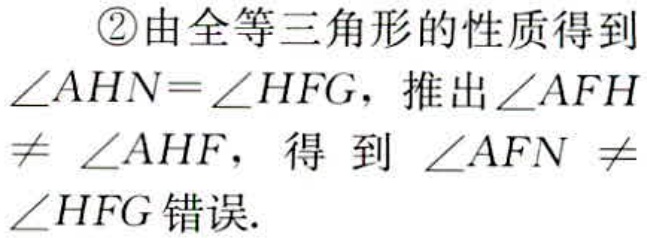
\textcircled{2}由全等三角形的性质得到$\angle AHN = \angle HFG$，推出$\angle AFH\neq\angle AHF$，得到$\angle AFN\neq\angle HFG$错误.